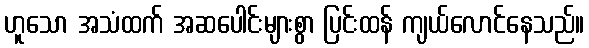
ဟူသော အသံထက် အဆပေါင်းများစွာ ပြင်းထန် ကျယ်လောင်နေသည်။